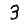
Digit: 3